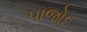
પાજોદ